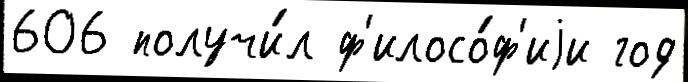
606 получи́л ф'илосо́ф'иjи год